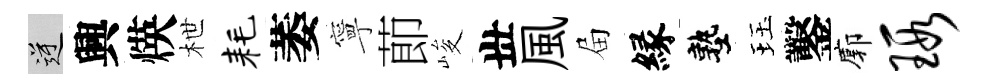
逆興煐枻耗萎寧莭峻丗風屇縁塾珏鑿廓瑕